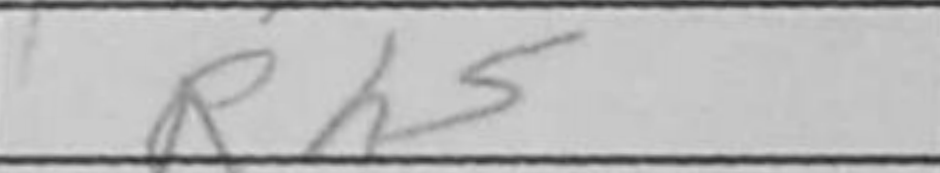
Transcription: Rh5